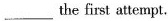
___ the first attempt.